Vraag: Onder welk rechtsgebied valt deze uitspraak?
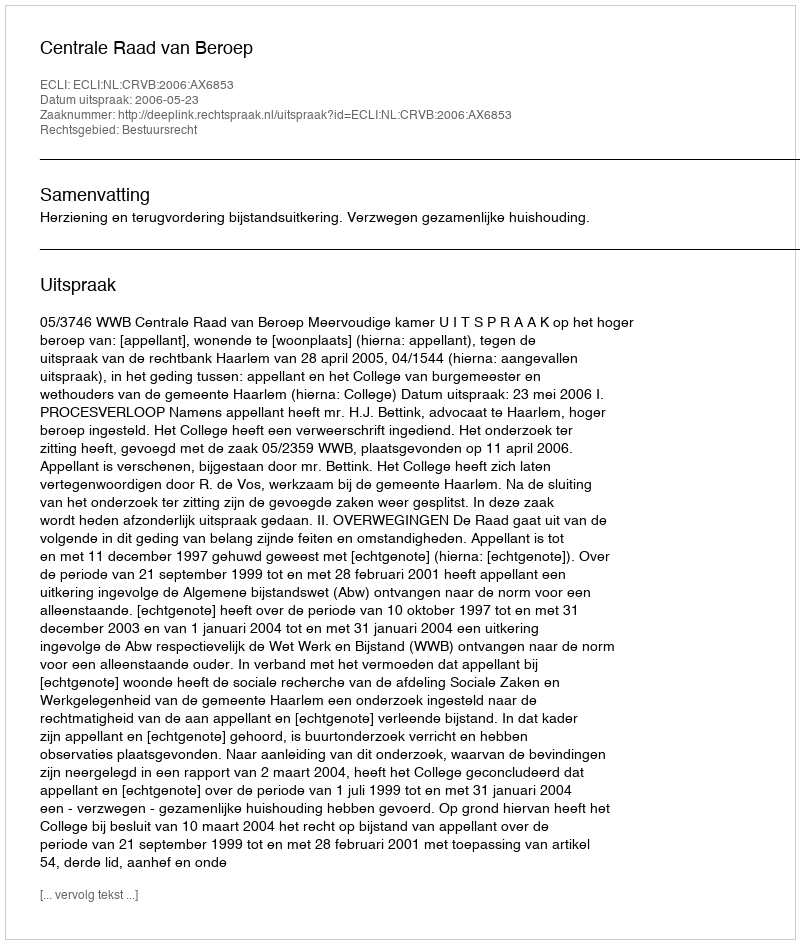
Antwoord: Bestuursrecht